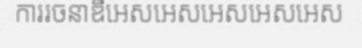
ការរចនាឌីអេសអេសអេសអេសអេស